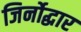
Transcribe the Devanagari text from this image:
जिर्नोद्धार